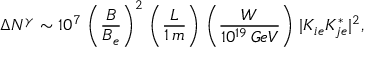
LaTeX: \Delta N ^ { \gamma } \sim 1 0 ^ { 7 } \, \left( \frac { B } { B _ { e } } \right) ^ { 2 } \, \left( \frac { L } { 1 \, m } \right) \, \left( \frac { W } { 1 0 ^ { 1 9 } \, G e V } \right) \, | K _ { i e } K _ { j e } ^ { * } | ^ { 2 } ,